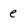
Character: e